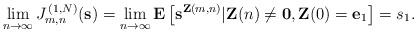
LaTeX: \begin{align*}\lim_{n\rightarrow \infty }J_{m,n}^{\,(1,N)}(\mathbf{s})=\lim_{n\rightarrow\infty }\mathbf{E}\left[ \mathbf{s}^{\mathbf{Z}(m,n)}|\mathbf{Z}(n)\neq\mathbf{0},\mathbf{Z}(0)=\mathbf{e}_{1}\right] =s_{1}. \end{align*}